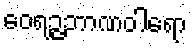
ဝေရဉ္ဇဘာဏဝါရော